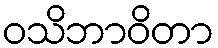
ဝသိဘာဝိတာ